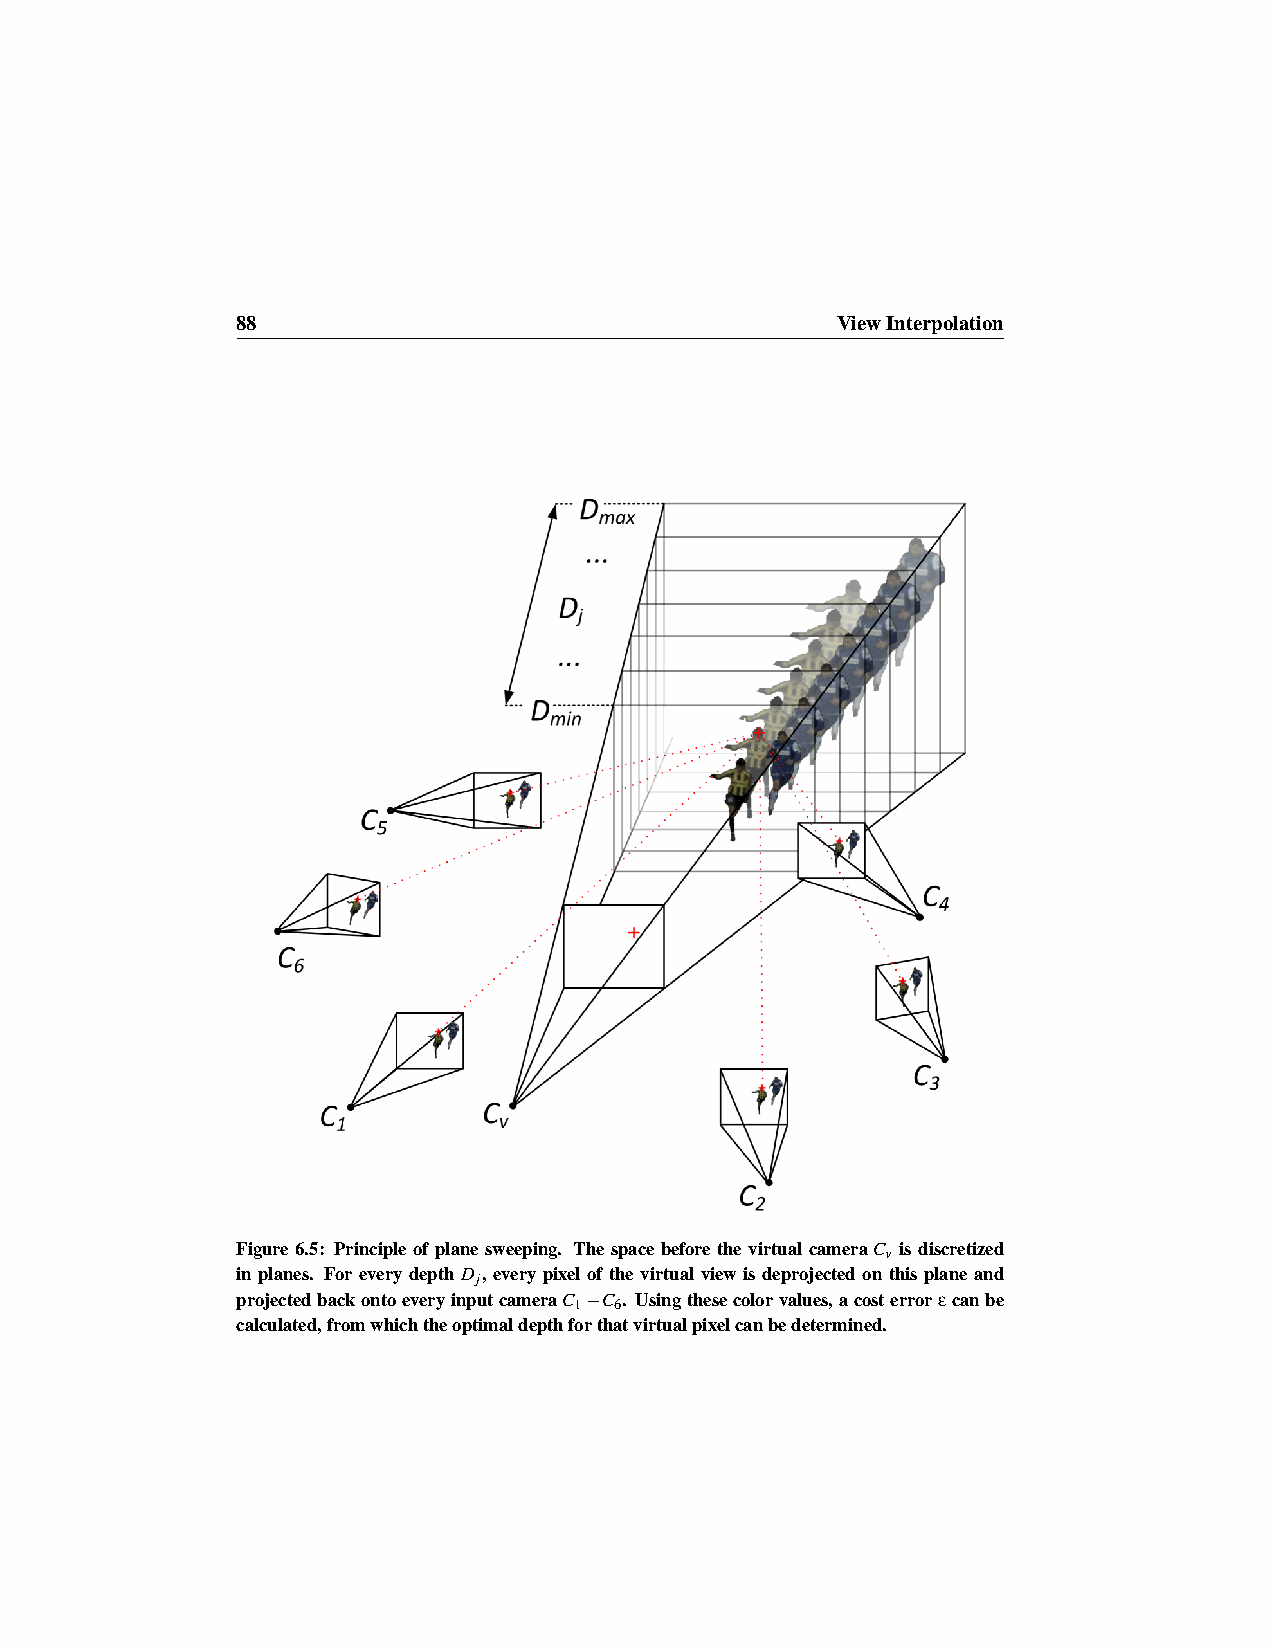
88                                     ViewInterpolation
 Figure 6.5: Principle of plane sweeping. The space before the virtual cameraCv is discretized
 in planes. For every depth Dj, every pixel of the virtual view is deprojected on this plane and
 projectedbackontoeveryinputcameraC 1−C 6. Usingthesecolorvalues,acosterrorεcanbe
 calculated,fromwhichtheoptimaldepthforthatvirtualpixelcanbedetermined.